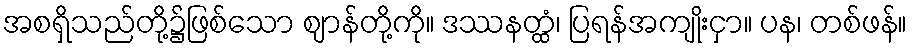
အစရှိသည်တို့၌ဖြစ်သော ဈာန်တို့ကို။ ဒဿနတ္ထံ၊ ပြရန်အကျိုးငှာ။ ပန၊ တစ်ဖန်။